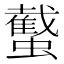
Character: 䘁